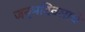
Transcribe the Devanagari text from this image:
जन्मदिवसाचे